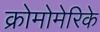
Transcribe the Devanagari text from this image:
क्रोमोमेरिके